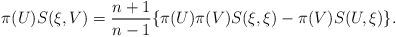
LaTeX: \begin{align*}\pi(U)S(\xi, V)=\frac{n+1}{n-1}\{\pi(U)\pi(V)S(\xi, \xi)-\pi(V)S(U, \xi)\}.\end{align*}